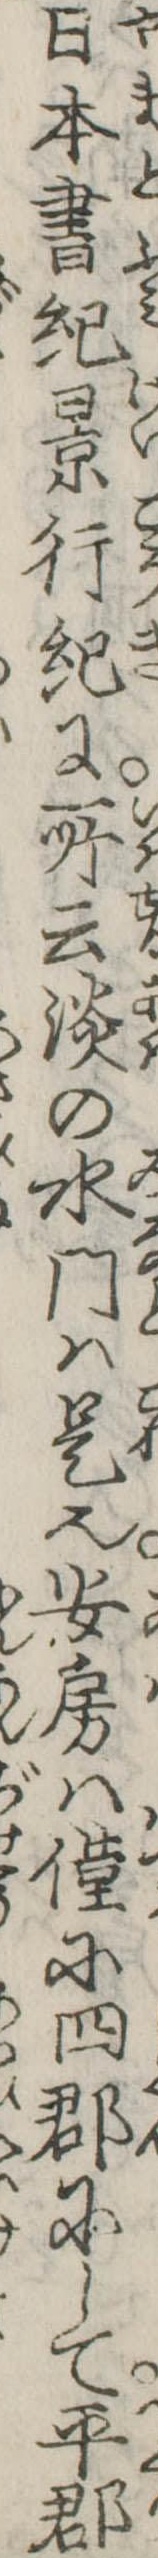
日本書紀景行紀に所云淡の水門は是也安房は僅に四郡にして平郡